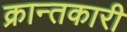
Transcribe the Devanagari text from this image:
क्रान्तकारी